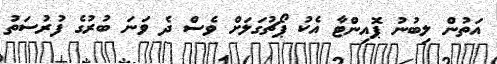
އަތުން ލިބުނު ޕޮއިންޓާ އެކު ޕޯޗުގަލަށް ވެސް ދެ ވަނަ ބުރުގެ ފުރުސަތު